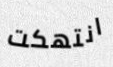
انتهكت